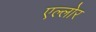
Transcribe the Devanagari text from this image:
एल्लोर